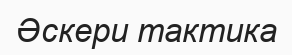
Әскери тактика